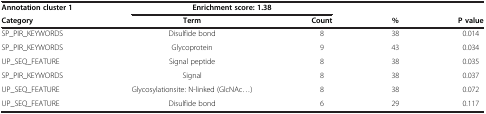
<table><thead><tr><td><b>Annotation cluster 1</b></td><td colspan="2"><b>Enrichment score: 1.38</b></td><td><b> </b></td><td><b> </b></td></tr><tr><td><b>Category</b></td><td><b>Term</b></td><td><b>Count</b></td><td><b>%</b></td><td><b>P value</b></td></tr></thead><tbody><tr><td>SP_PIR_KEYWORDS</td><td>Disulfide bond</td><td>8</td><td>38</td><td>0.014</td></tr><tr><td>SP_PIR_KEYWORDS</td><td>Glycoprotein</td><td>9</td><td>43</td><td>0.034</td></tr><tr><td>UP_SEQ_FEATURE</td><td>Signal peptide</td><td>8</td><td>38</td><td>0.035</td></tr><tr><td>SP_PIR_KEYWORDS</td><td>Signal</td><td>8</td><td>38</td><td>0.037</td></tr><tr><td>UP_SEQ_FEATURE</td><td>Glycosylationsite: N-linked (GlcNAc...)</td><td>8</td><td>38</td><td>0.072</td></tr><tr><td>UP_SEQ_FEATURE</td><td>Disulfide bond</td><td>6</td><td>29</td><td>0.117</td></tr></tbody></table>